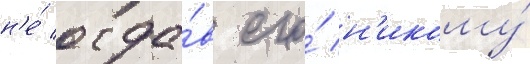
н'е́ отда́в его́ н'икому́